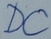
Text: DC